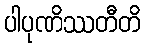
ပါပုဏိဿတီတိ